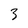
Character: 3